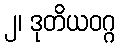
၂၊ ဒုတိယဝဂ္ဂ